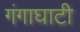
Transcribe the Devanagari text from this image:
गंगाघाटी